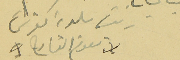
رئيسَ بلدية كفرشيما نعوم القارح